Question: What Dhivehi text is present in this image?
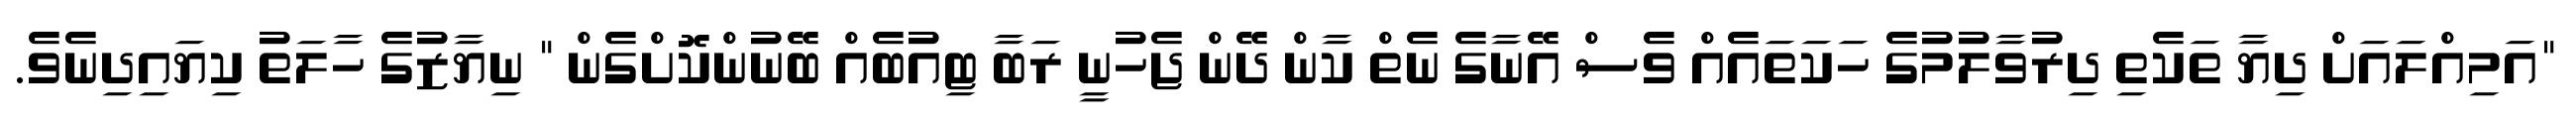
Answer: "އަމިއްލައަށް ދިޔާ ތަކެތި ދިރުވާލުމުގެ ހަކަތައެއް ވެސް އޭނާގެ ނެތް ކާން ދޭން ޖެހުނީ ރަބާ ޓިއުބެއް ބޭނުންކޮށްގެން " ނިޔާޒުގެ ހާލަތު ކިޔައިދިނެވެ.